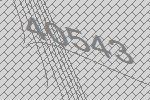
40543